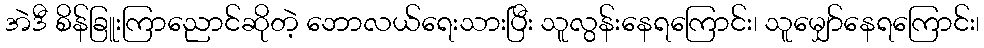
အဲဒီ စိန်ခြူးကြာညောင်ဆိုတဲ့ ဘောလယ်ရေးသားပြီး သူလွန်းနေရကြောင်း၊ သူမျှော်နေရကြောင်း၊